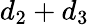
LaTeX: d_{2}+d_{3}